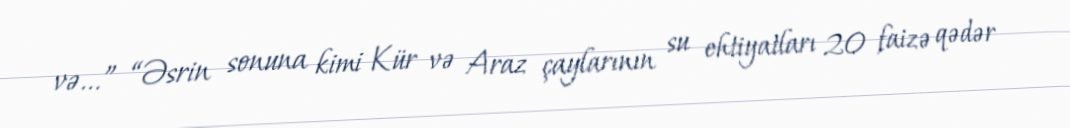
və...” “Əsrin sonuna kimi Kür və Araz çaylarının su ehtiyatları 20 faizə qədər